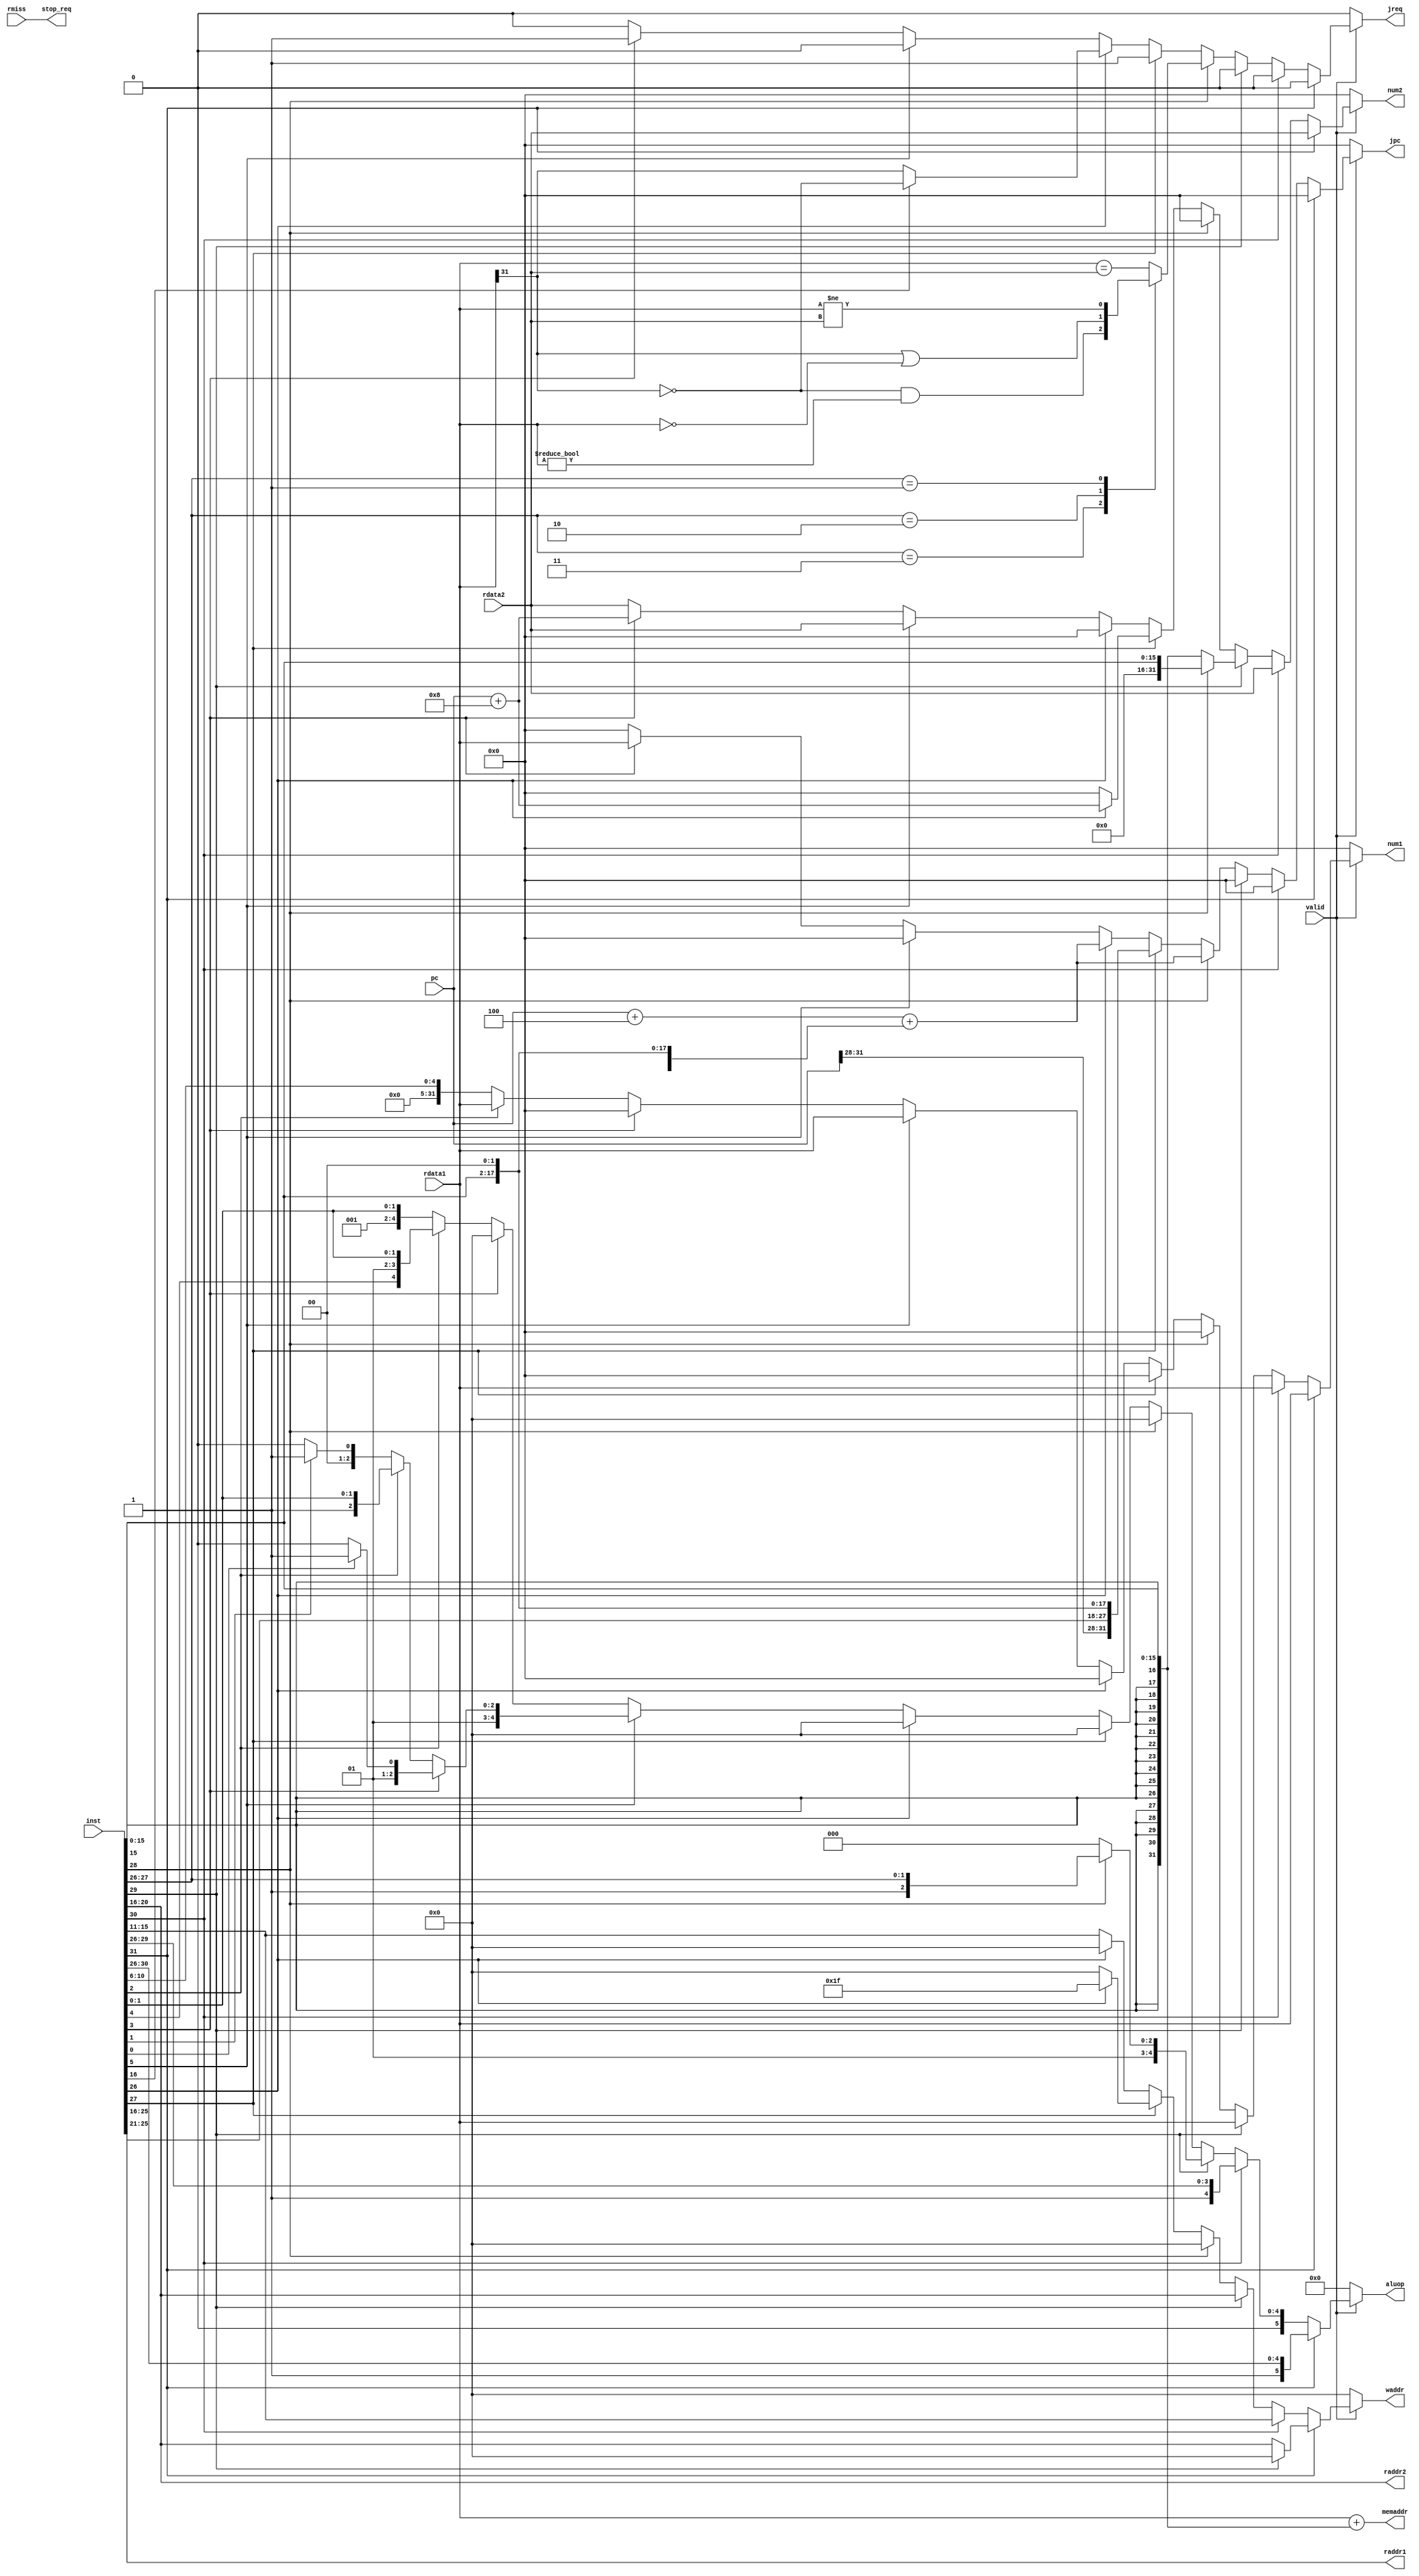
module id(

	input wire[31:0]   pc,
	input wire[31:0]   inst,
	input              valid,
	
	output reg[5:0]    aluop,
	output reg[31:0]   num1,
	output reg[31:0]   num2,
	output wire[31:0]  memaddr,
	output reg[4:0]    waddr,
	
	// regfile
	output[4:0]   raddr1,
	output[4:0]   raddr2,
	input[31:0]   rdata1,
	input[31:0]   rdata2,
	input         rmiss,
	
	// PC
	output reg[31:0]  jpc,
	output reg       jreq,
	
	output        stop_req
);

`define ALU_NOP  6'b000000

`define ALU_ADD  6'b001000
`define ALU_SUB  6'b001001

`define ALU_SLT  6'b001010
`define ALU_SLTU 6'b001011
// 
assign raddr1 = inst[25:21];
assign raddr2 = inst[20:16];
assign stop_req = rmiss;

wire[31:0] rs = rdata1;
wire[31:0] rt = rdata2;
wire[4:0] rt_addr = inst[20:16];
wire[4:0] rd_addr = inst[15:11];


// 
wire[31:0] s_imm = {{16{inst[15]}}, inst[15:0]};
wire[31:0] z_imm = {16'b0, inst[15:0]};
wire[31:0] j_imm = {pc[31:28], inst[25:0], 2'b00};
wire[31:0]  sa   = {27'b0, inst[10:6]};

wire[31:0] npc   = pc+4+{s_imm[29:0], 2'b00};

assign memaddr = rs + s_imm;

// aluop
// num1
// num2
// waddr
// jreq
// jpc

always @* begin
	if (valid == 0) begin
		aluop = `ALU_NOP;
		num1 = 0;
		num2 = 0;
		waddr = 0;
		jreq = 0;
		jpc = 0;
	end else if (inst[31] == 1) begin // lb,lw,sb,sw
		aluop = inst[31:26];
		num1 = rs;
		num2 = rt;
		if (inst[29] == 1) waddr = 0;  // s
		else               waddr = rt_addr; // l
		jreq = 0;
		jpc = 0;
	end else if (inst[30] == 1) begin
		aluop = inst[31:26];
		num1 = rs;
		num2 = rt;
		waddr = rd_addr;
		jreq = 0;
		jpc = 0;
	end else if (inst[29] == 1) begin
		if (inst[28] == 1) begin
			aluop = inst[31:26];
			num1 = rs;
			num2 = z_imm;
			waddr = rt_addr;
			jreq = 0;
			jpc = 0;
		end else begin
			aluop = `ALU_ADD;
			num1 = rs;
			num2 = s_imm;
			waddr = rt_addr;
			jreq = 0;
			jpc = 0;
		end
	end else if (inst[28] == 1) begin
		aluop = `ALU_NOP;
		num1 = 0;
		num2 = 0;
		waddr = 0;
		jpc = npc;
		case (inst[27:26])
			3:       jreq = (rs[31] == 0 && rs != 0);//(rs > 0);
			2:       jreq = (rs[31] == 1 || rs == 0);//(rs <= 0);
			1:       jreq = (rs != rt);
			default: jreq = (rs == rt);
		endcase
	end else if (inst[27] == 1) begin
		aluop = `ALU_NOP;
		num1 = 0;
		if (inst[26] == 1) begin num2 = pc+8; waddr = 31; end
		else               begin num2 = 0;    waddr = 0;  end
		jpc = j_imm;
		jreq = 1;
	end else if (inst[26] == 1) begin
		aluop = `ALU_NOP;
		num1 = 0;
		num2 = 0;
		waddr = 0;
		jpc = npc;
		if (inst[16] == 1) jreq = (rs[31] == 0); //(rs >= 0);
		else               jreq = (rs[31] == 1); // (rs < 0);
	end else if (inst[5] == 1) begin
		if (inst[3] == 1) begin
		  if (inst[0]==1) aluop=`ALU_SLTU;
		 else     aluop = `ALU_SLT;
		      
		 end
		else if (inst[2] == 1) aluop = {4'b0011, inst[1:0]};
		else if (inst[1] == 1) aluop = `ALU_SUB;
		else                   aluop = `ALU_ADD;
		num1 = rs;
		num2 = rt;
		waddr = rd_addr;
		jpc = 0;
		jreq = 0;
	end else if (inst[3] == 1) begin
		aluop = `ALU_NOP;
		num1 = 0;
		num2 = pc+8;
		waddr = rd_addr;
		jreq = 1;
		jpc = rs;
	end else if (inst[2] == 1) begin
		aluop = inst[5:0];
		num1 = rs;
		num2 = rt;
		waddr = rd_addr;
		jreq  =0;
		jpc = 0;
	end else begin
		aluop = {4'b0001, inst[1:0]};
		num1 = sa;
		num2 = rt;
		waddr = rd_addr;
		jreq = 0;
		jpc = 0;
	end
end

endmodule